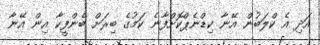
އަދި އެ ކްލަބުން އޭނާ ކިޑްނެޕްކޮށްފާނެ ކަމުގެ ބިރަށް ބެންފީކާ އިން އޭނާ